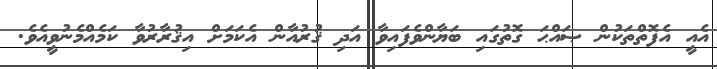
އެއީ އެފޮތްތަކުން ޞައްޙަ ގޮތުގައި ބަޔާންވެފައިވާ އަދި ޤުރުއާން އެކަމަށް އިޤުރާރުވާ ކަމެއްމެނުވީއެވެ.